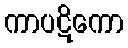
ကာပဋိကော